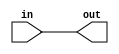
// This program was cloned from: https://github.com/ryuz/jelly
// License: MIT License

// ---------------------------------------------------------------------------
//  Jelly  -- The platform for real-time computing
//
//                                 Copyright (C) 2008-2020 by Ryuz
//                                 https://github.com/ryuz/jelly.git
// ---------------------------------------------------------------------------



`timescale 1ns / 1ps
`default_nettype none


// 
module jelly_func_shift
        #(
            parameter   IN_WIDTH    = 32,
            parameter   OUT_WIDTH   = 32,
            parameter   SHIFT_LEFT  = 0,    // OK
            parameter   SHIFT_RIGHT = 0,    // OK
            parameter   ARITHMETIC  = 0,
            parameter   ROUNDUP     = 0
        )
        (
            input   wire    [IN_WIDTH-1:0]  in,
            output  wire    [OUT_WIDTH-1:0] out
        );
    
    localparam  VAL = SHIFT_RIGHT - SHIFT_LEFT;
    
    generate
    if ( ARITHMETIC && VAL >= 0 && ROUNDUP ) begin : blk_sar_roundup
        assign out = ((in + ((1 << VAL) - 1)) >>> VAL);
    end
    else if ( ARITHMETIC && VAL >= 0 && !ROUNDUP ) begin : blk_sar
        assign out = (in >>> VAL);
    end
    else if ( ARITHMETIC && VAL < 0 ) begin : blk_sal
        assign out = (in <<< (-VAL));
    end
    else if ( !ARITHMETIC && VAL >= 0 && ROUNDUP ) begin : blk_slr_roundup
        assign out = ((in + ((1 << VAL) - 1)) >> VAL);
    end
    else if ( !ARITHMETIC && VAL >= 0 && !ROUNDUP ) begin : blk_slr
        assign out = (in >> VAL);
    end
    else if ( !ARITHMETIC && VAL < 0 ) begin : blk_sll
        assign out = (in << (-VAL));
    end
    endgenerate
    
    
endmodule


`default_nettype wire


// end of file